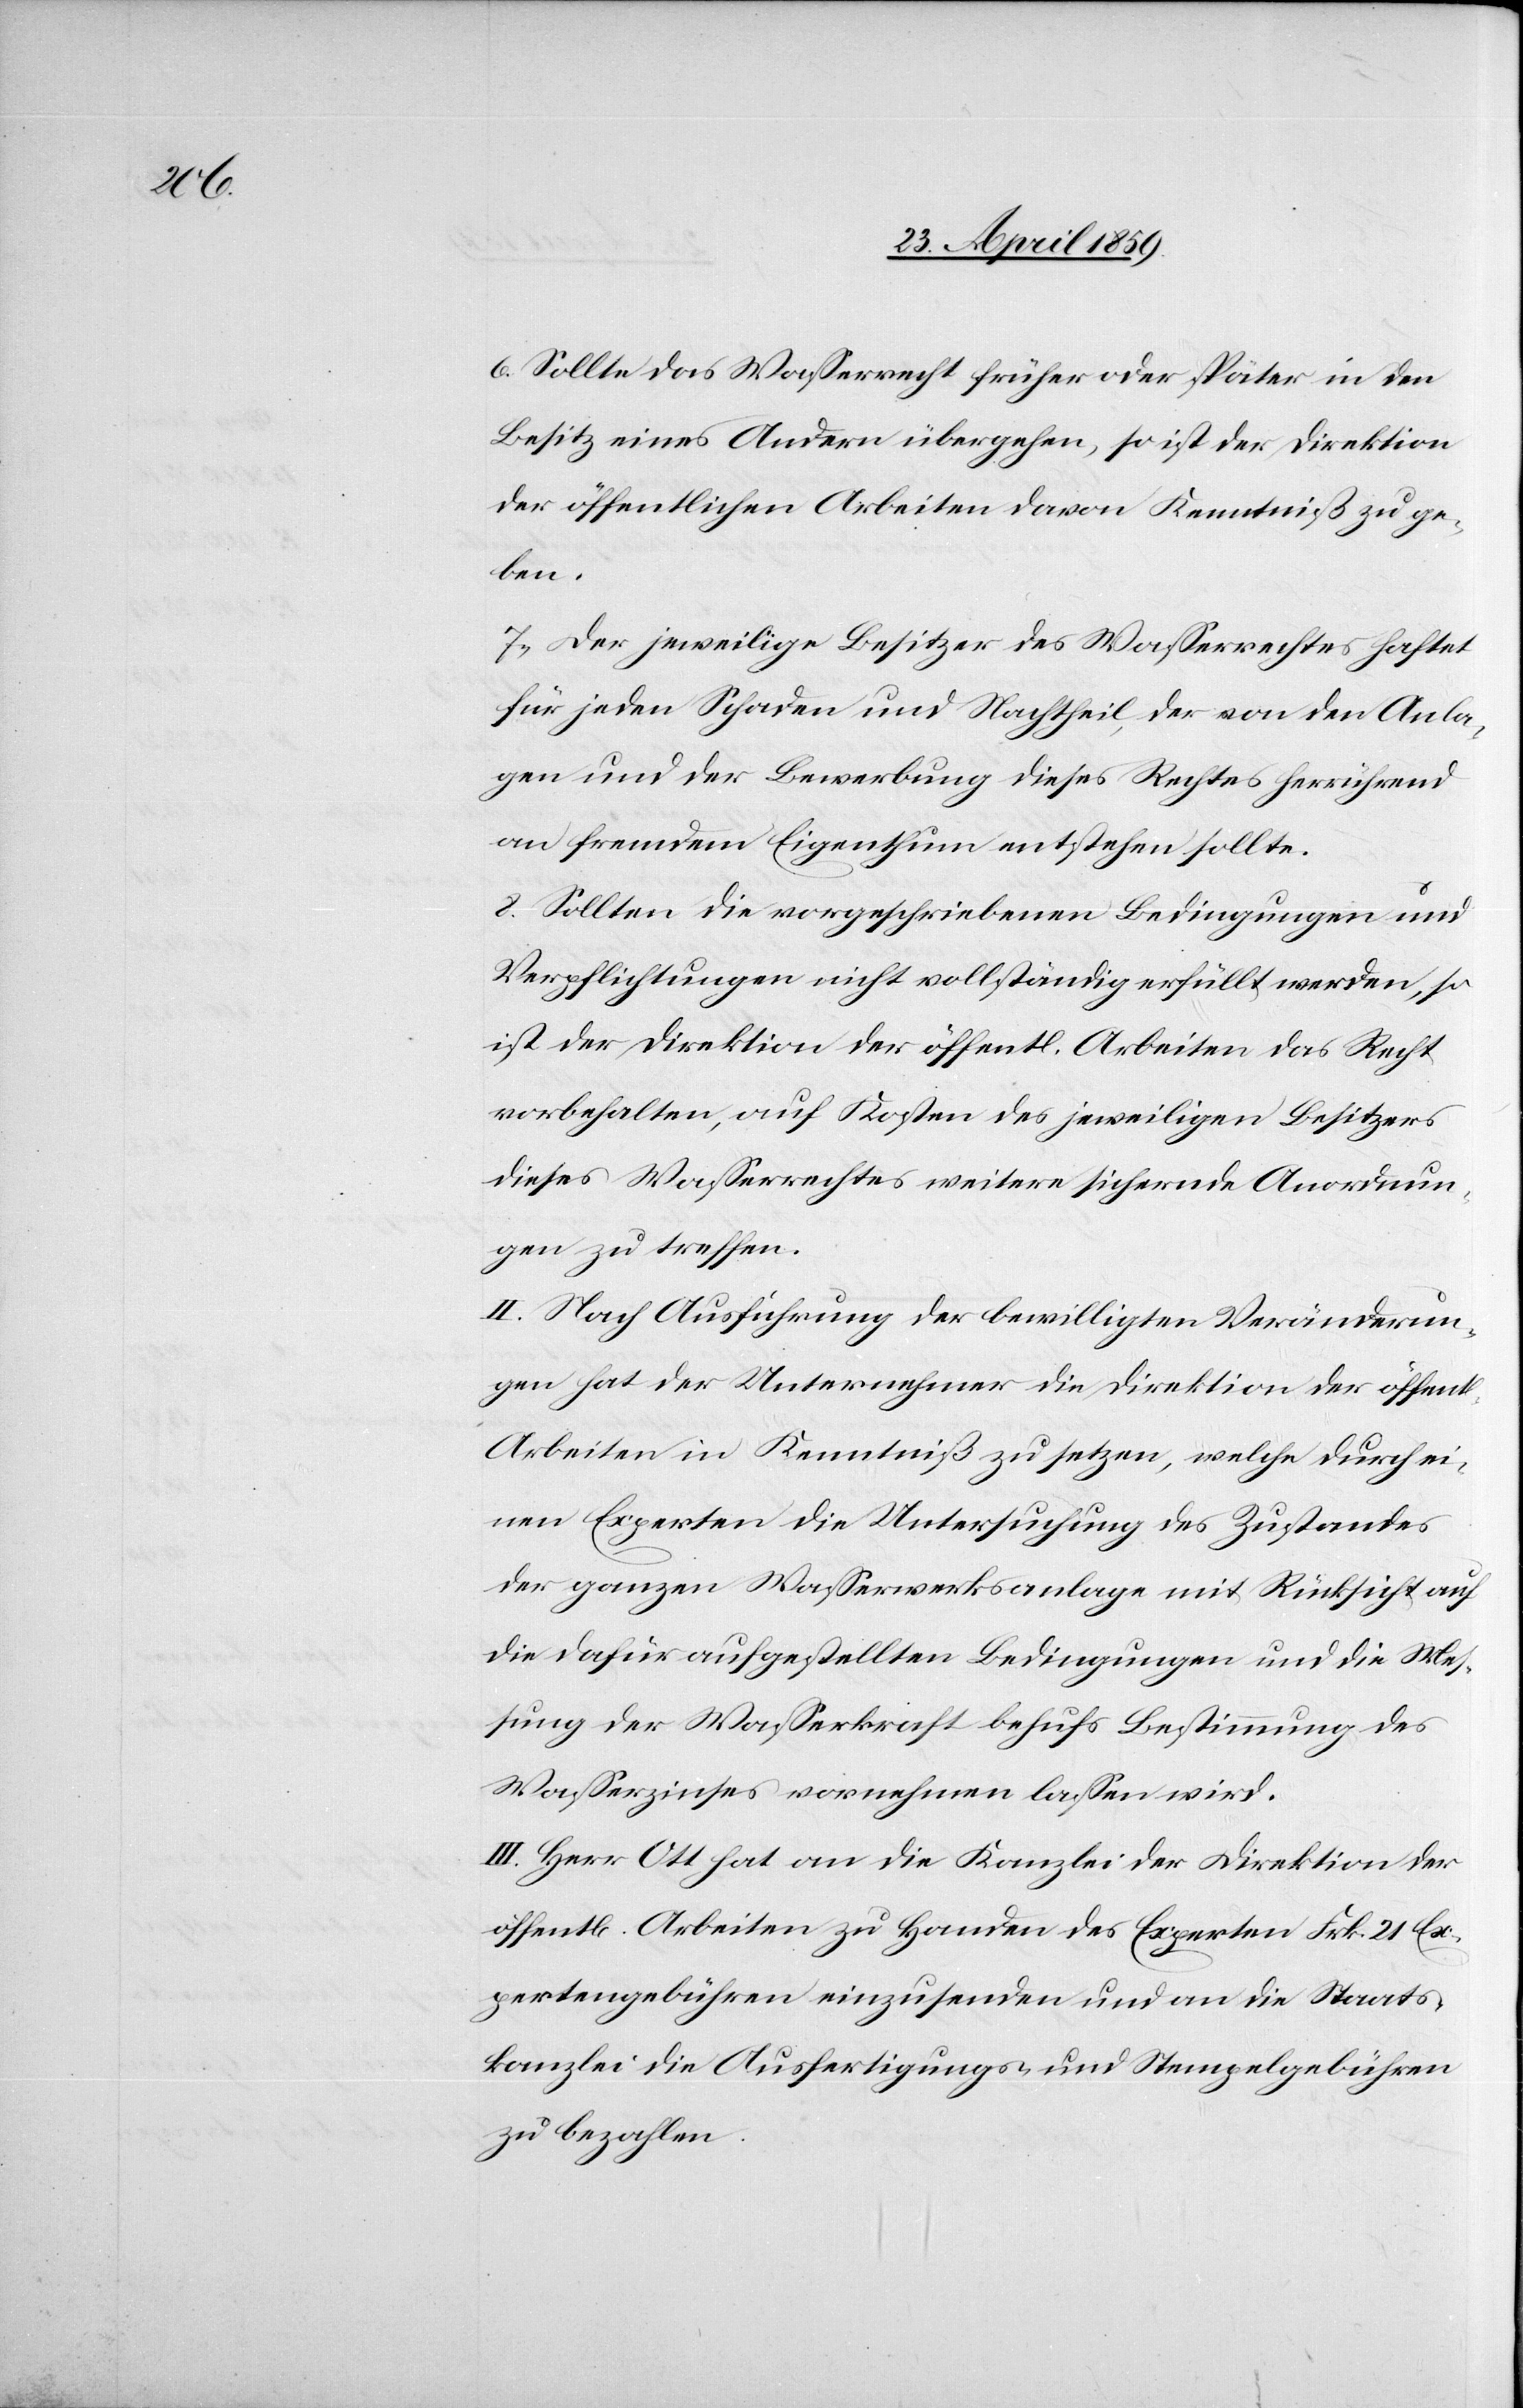
6) Sollte das Waßerrecht früher oder später in den
Besitz eines Andern übergehen, so ist der Direktion
der öffentlichen Arbeiten davon Kenntniß zu ge¬
ben.
7) Der jeweilige Besitzer des Waßerrechtes haftet
für jeden Schaden und Nachtheil, der von den Anla¬
gen und der Bewerbung dieses Rechtes herrührend
an fremdem Eigenthum entstehen sollte.
8) Sollten die vorgeschriebenen Bedingungen und
Verpflichtungen nicht vollständig erfüllt werden, so
ist der Direktion der öffentl. Arbeiten das Recht
vorbehalten, auf Kosten des jeweiligen Besitzers
dieses Waßerrechtes weitere sichernde Anordnun¬
gen zu treffen.
II. Nach Ausführung der bewilligten Veränderun¬
gen hat der Unternehmer die Direktion der öffentl.
Arbeiten in Kenntniß zu setzen, welche durch ei¬
nen Experten die Untersuchung des Zustandes
der ganzen Waßerwerksanlage mit Rücksicht auf
die dafür aufgestellten Bedingungen und die Mes¬
sung der Waßerkraft behufs Bestimmung des
Waßerzinses vornehmen laßen wird.
III. Herr Ott hat an die Kanzlei der Direktion der
öffentl. Arbeiten zu Handen des Experten Frk. 21 Ex¬
pertengebühren einzusenden und an die Staats¬
kanzlei die Ausfertigungs- und Stempelgebühren
zu bezahlen.